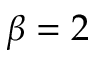
\beta = 2